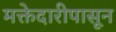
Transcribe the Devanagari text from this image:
मक्तेदारीपासून